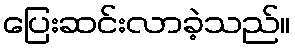
ပြေးဆင်းလာခဲ့သည်။